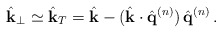
\begin{align*}\hat{{\bf k}}_\perp \simeq \hat{{\bf k}}_T = \hat{{\bf k}} - (\hat{{\bf k}} \cdot \hat{{\bf q}}^{(n)}) \, \hat{{\bf q}}^{(n)} \, .\end{align*}